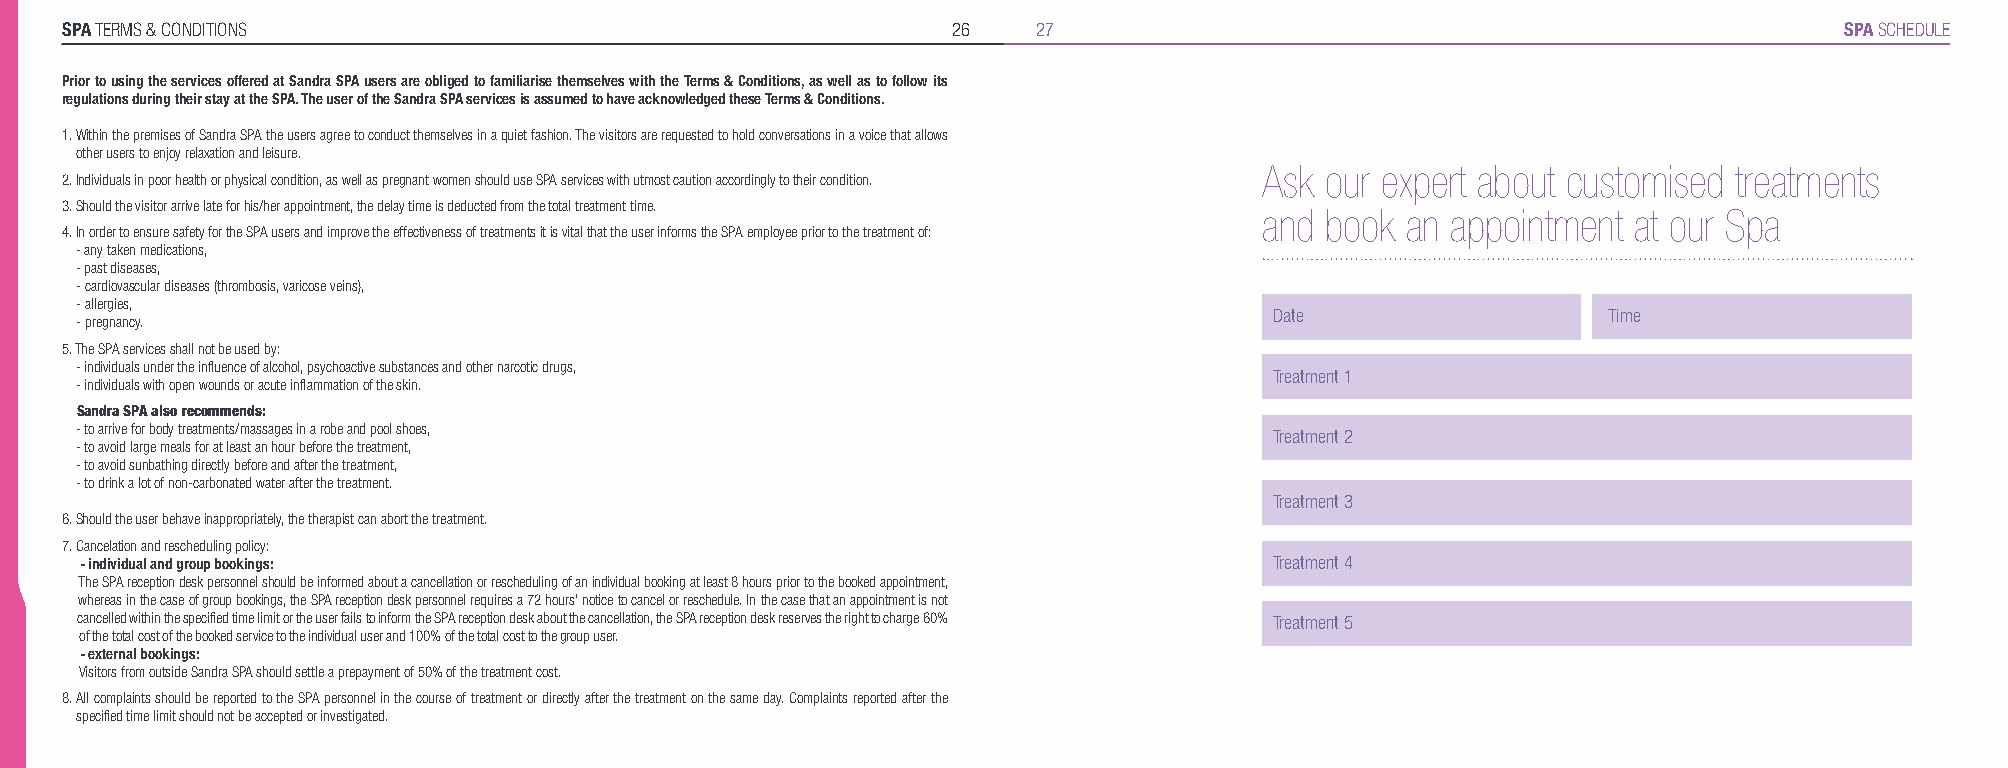
SPA TERMS & CONDITIONS                                     26    27                                                   SPA SCHEDULE
 Prior to using the services offered at Sandra SPA users are obliged to familiarise themselves with the Terms & Conditions, as well as to follow its
 regulations during their stay at the SPA. The user of the Sandra SPA services is assumed to have acknowledged these Terms & Conditions.
 1. Within the premises of Sandra SPA the users agree to conduct themselves in a quiet fashion. The visitors are requested to hold conversations in a voice that allows
 other users to enjoy relaxation and leisure.
 Ask our expert about customised treatments
 2. Individuals in poor health or physical condition, as well as pregnant women should use SPA services with utmost caution accordingly to their condition.
 3. Should the visitor arrive late for his/her appointment, the delay time is deducted from the total treatment time.
 and book an appointment at our Spa
 4. In order to ensure safety for the SPA users and improve the effectiveness of treatments it is vital that the user informs the SPA employee prior to the treatment of:
 - any taken medications,
 - past diseases,
 - cardiovascular diseases (thrombosis, varicose veins),
 - allergies,
 Date                  Time
 - pregnancy.
 5. The SPA services shall not be used by:
 - individuals under the influence of alcohol, psychoactive substances and other narcotic drugs,
 Treatment 1
 - individuals with open wounds or acute inflammation of the skin.
 Sandra SPA also recommends:
 - to arrive for body treatments/massages in a robe and pool shoes,             Treatment 2
 - to avoid large meals for at least an hour before the treatment,
 - to avoid sunbathing directly before and after the treatment,
 - to drink a lot of non-carbonated water after the treatment.
 Treatment 3
 6. Should the user behave inappropriately, the therapist can abort the treatment.
 7. Cancelation and rescheduling policy:
 - individual and group bookings:                                               Treatment 4
 The SPA reception desk personnel should be informed about a cancellation or rescheduling of an individual booking at least 8 hours prior to the booked appointment,
 whereas in the case of group bookings, the SPA reception desk personnel requires a 72 hours’ notice to cancel or reschedule. In the case that an appointment is not
 cancelled within the specified time limit or the user fails to inform the SPA reception desk about the cancellation, the SPA reception desk reserves the right to charge 60% Treatment 5
 of the total cost of the booked service to the individual user and 100% of the total cost to the group user.
 - external bookings:
 Visitors from outside Sandra SPA should settle a prepayment of 50% of the treatment cost.
 8. All complaints should be reported to the SPA personnel in the course of treatment or directly after the treatment on the same day. Complaints reported after the
 specified time limit should not be accepted or investigated.